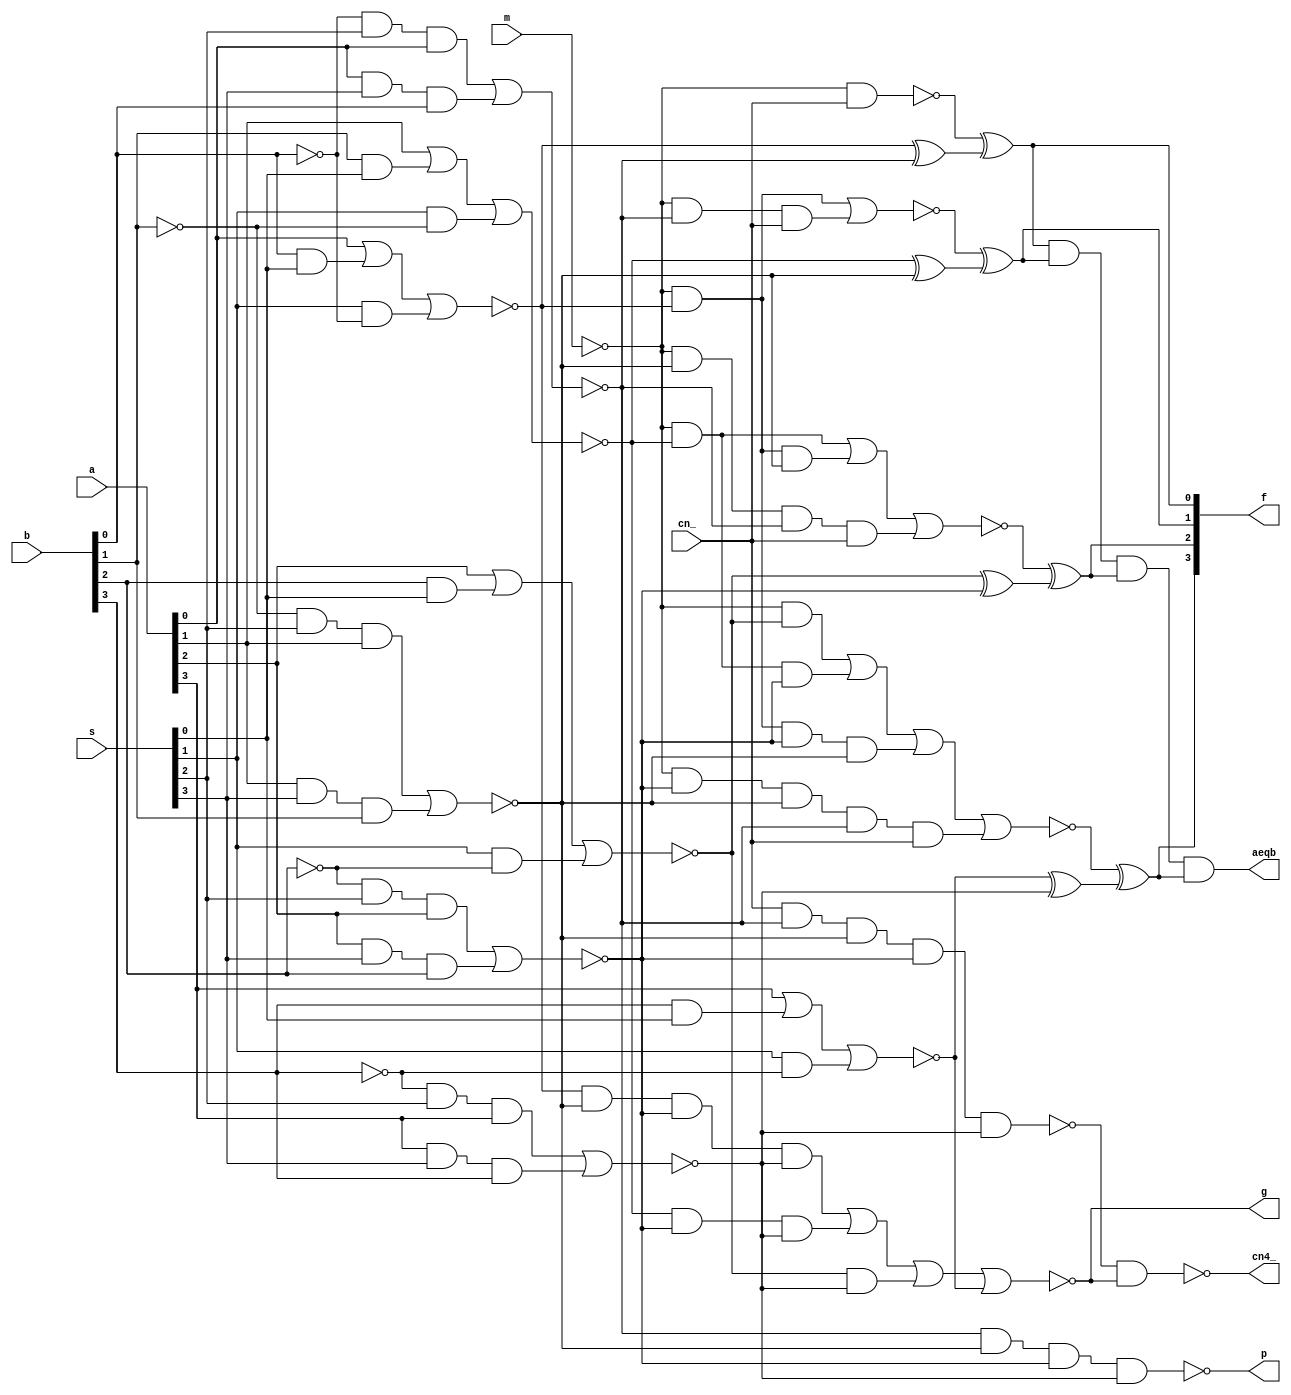
// This code is part of the model collection of AM29xx Bitslice devices
// Copyright (C) 2019  Holger Veit (hveit01@web.de)
//
//    This program is free software; you can redistribute it and/or modify
//    it under the terms of the GNU General Public License as published by
//    the Free Software Foundation; either version 3 of the License, or (at
//    your option) any later version.
//
//    This program is distributed in the hope that it will be useful, but
//    WITHOUT ANY WARRANTY; without even the implied warranty of
//    MERCHANTABILITY or FITNESS FOR A PARTICULAR PURPOSE. See the GNU
//    General Public License for more details.
//
//    You should have received a copy of the GNU General Public License
//    along with this program; if not, see <http://www.gnu.org/licenses/>.
//
//

// 74181 ALU

module sn74181 (a, b, s, m, cn_,
	f, cn4_, g, p, aeqb);
input [3:0] a, b;
input [3:0] s;
input m, cn_;
output [3:0] f;
output cn4_, g, p, aeqb;

wand aeqb;

genvar i;

wire m_;
not u00(m_, m);

wire [3:0] n1, n2, x1, n3;

for (i=0; i<4; i=i+1) begin:stage1
	wire b_, a0, a1, a2, a3, a4;
	not u10(b_,    b[i]);
	and u11(a0,    a[i]);
	and u12(a1,    b[i],s[0]);
	and u13(a2,         s[1],b_);
	and u14(a3,    b_,  s[2],a[i]);
	and u15(a4,    a[i],s[3],b[i]);
	nor u16(n1[i], a0,a1,a2);
	nor u17(n2[i], a3,a4);
	xor u20(x1[i], n1[i], n2[i]);
	xor u40(f[i],  n3[i], x1[i]);
end

wire a311,a312;
and  u311(a311, m_,n1[0]);
and  u312(a312, m_,n2[0],cn_);

wire a321,a322,a323;
and  u321(a321, m_,n1[1]);
and  u322(a322, m_,n1[0],n2[1]);
and  u323(a323, m_,      n2[1],n2[0],cn_);

wire a331,a332,a333,a334;
and  u331(a331, m_,n1[2]);
and  u332(a332, m_,n1[1],n2[2]);
and  u333(a333, m_,n1[0],n2[2],n2[1]);
and  u334(a334, m_,      n2[2],n2[1],n2[0],cn_);

nand u305(n3[0], m_, cn_);
nor  u315(n3[1], a311,a312);
nor  u325(n3[2], a321,a322,a323);
nor  u335(n3[3], a331,a332,a333,a334);

wire n342;
nand u341(p,        n2[0],n2[1],n2[2],n2[3]);
nand u342(n342, cn_,n2[0],n2[1],n2[2],n2[3]);

wire a351,a352,a353,n354;
and  u351(a351, n1[0],n2[1],n2[2],n2[3]);
and  u352(a352, n1[1],n2[2],n2[3]);
and  u353(a353, n1[2],n2[3]);
and  u354(a354, n1[3]);
nor  u355(g, a351, a352, a353, a354);

nand u401(cn4_, n342,g);
and  u402(aeqb, f[0], f[1], f[2], f[3]);

endmodule